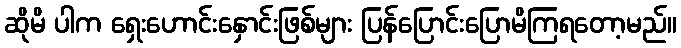
ဆိုမိ ပါက ရှေးဟောင်းနှောင်းဖြစ်များ ပြန်ပြောင်းပြောမိကြရတော့မည်။